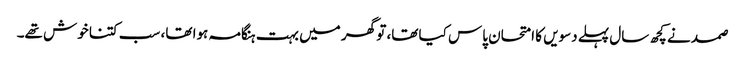
صمد نے کچھ سال پہلے دسویں کا امتحان پاس کیا تھا، تو گھر میں بہت ہنگامہ ہوا تھا، سب کتنا خوش تھے۔